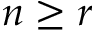
n \geq r